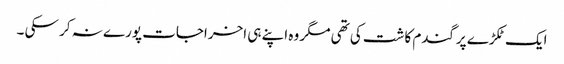
ایک ٹکڑے پرگندم کاشت کی تھی مگر وہ اپنے ہی اخراجات پورے نہ کر سکی ۔